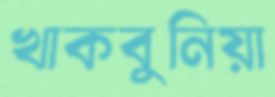
খাকবুনিয়া